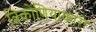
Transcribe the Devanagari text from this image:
त्रिकोंणियाकारी